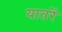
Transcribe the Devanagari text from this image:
यातरें